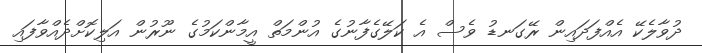
ދުވާލެކޭ އެއްފަދައިން ރޭގަނޑު ވެސް އެ ކަލޭގެފާނުގެ އުންމަތް އީމާންކަމުގެ ނޫރުން އަލިކޮށްދެއްވާފައި